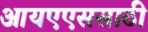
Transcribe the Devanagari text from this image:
आयएएससाठी